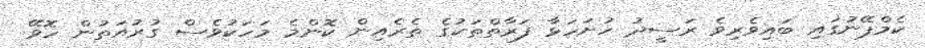
ކެމްޕޭނުގައި ބައިވެރިވެ ރަސީދު ހުށަހަޅާ ފަރާތްތަކުގެ ތެރެއިން ކޮންމެ މަހަކުވެސް ގުރުއަތުން ހޮވޭ